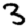
Digit: 3